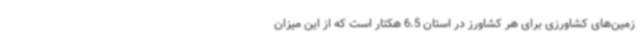
زمین‌های کشاورزی برای هر کشاورز در استان 6.5 هکتار است که از این میزان